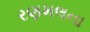
રણમલના